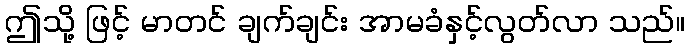
ဤသို့ ဖြင့် မာတင် ချက်ချင်း အာမခံနှင့်လွတ်လာ သည်။